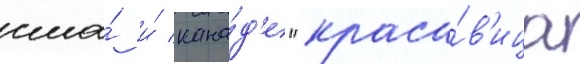
сша́ и́ кана́д'е "краса́в'ица